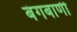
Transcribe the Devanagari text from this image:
बंगबाणी